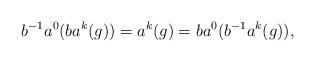
LaTeX: \begin{align*}b^{-1}a^0(ba^k(g))=a^k(g)=ba^{0}(b^{-1}a^k(g)),\end{align*}